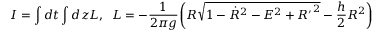
I = \int d t \int d z { \cal L } , \; \; { \cal L } = - \frac { 1 } { 2 \pi g } \bigg ( R \sqrt { 1 - { \dot { R } } ^ { 2 } - { \cal E } ^ { 2 } + { R ^ { \prime } } ^ { 2 } } - \frac { h } { 2 } R ^ { 2 } \bigg )